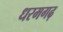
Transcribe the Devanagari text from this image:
धरमगढ़